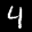
Label: 4